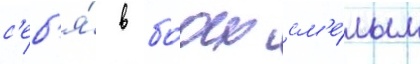
с'еб'я́ в боах см'е́лым